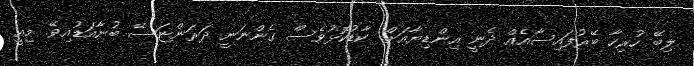
ލިބޭ ހުރިހާ ބޭރުފައިސާއެއް ދެނީ އިންޑިޔާއަށް. ކާޑުކޮޅުވެސް ގެންނަނީ ދަރަންޏަސޭ ބުނާއަޑުއިވޭ. މިއީ